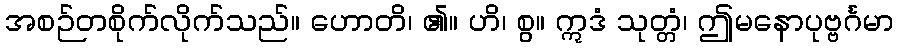
အစဉ်တစိုက်လိုက်သည်။ ဟောတိ၊ ၏။ ဟိ၊ စွ။ ဣဒံ သုတ္တံ၊ ဤမနောပုဗ္ဗင်္ဂမာ